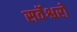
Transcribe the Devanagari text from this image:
सर्वेश्वरो